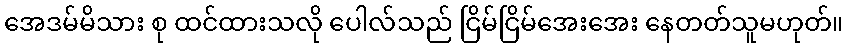
အေဒမ်မိသား စု ထင်ထားသလို ပေါလ်သည် ငြိမ်ငြိမ်အေးအေး နေတတ်သူမဟုတ်။